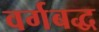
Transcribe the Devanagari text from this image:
वर्गबद्ध